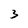
Character: 3